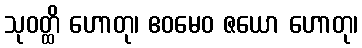
သုဝတ္ထိ ဟောတု၊ ဧဝမေဝ ဇယော ဟောတု၊